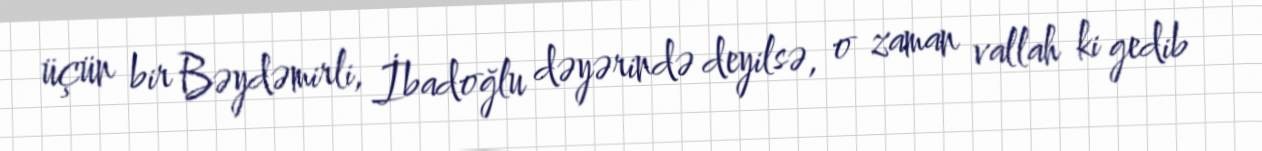
üçün bir Bəydəmirli, İbadoğlu dəyərində deyilsə, o zaman vallah ki gedib